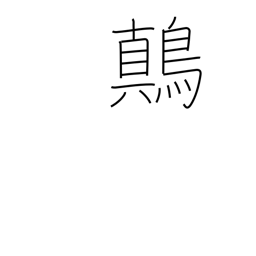
Meaning: yellow-white mottled songbird